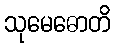
သုမေဓောတိ